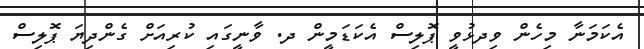
އެކަމަނާ މިހެން ވިދޅުވީ ޕޮލިސް އެކަޑަމީން ދ. ވާނީގައި ކުރިއަށް ގެންދިޔަ ޕޮލިސް